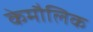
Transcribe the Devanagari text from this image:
केमौलिक